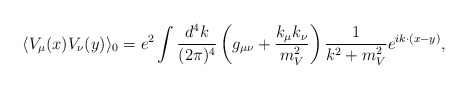
\begin{align*}\langle V_{\mu}(x) V_{\nu}(y)\rangle_{0}=e^{2}\int\frac{d^{4}k}{(2\pi)^{4}} \left(g_{\mu\nu}+\frac{k_{\mu}k_{\nu}}{m_{V}^{2}}\right) \frac{1}{k^{2}+m_{V}^{2}}e^{ik\cdot(x-y)},\end{align*}